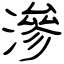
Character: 滲